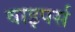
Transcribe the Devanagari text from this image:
वाइपर्स